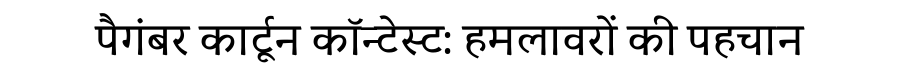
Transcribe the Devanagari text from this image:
पैगंबर कार्टून कॉन्टेस्ट: हमलावरों की पहचान